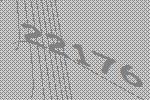
22176